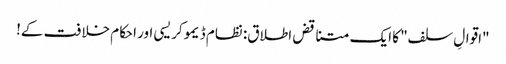
"اقوالِ سلف" کا ایک متناقض اطلاق: نظام ڈیموکریسی اور احکام خلافت کے!